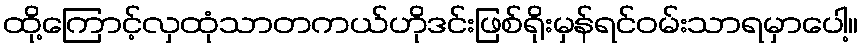
ထို့ကြောင့်လှထုံသာတကယ်ဟိုဒင်းဖြစ်ရိုးမှန်ရင်ဝမ်းသာရမှာပေါ့။